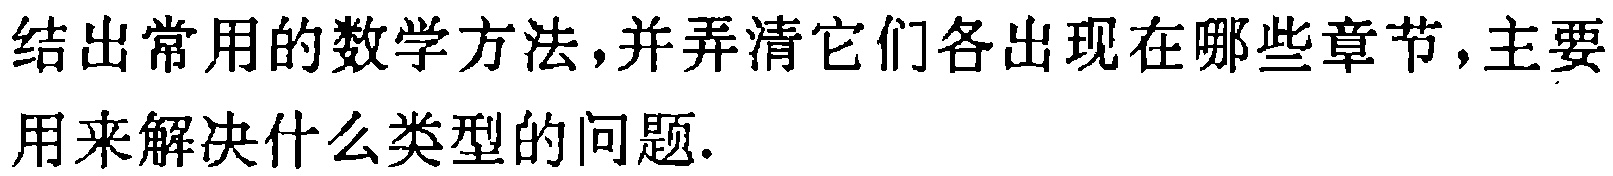
结出常用的数学方法,并弄清它们各出现在哪些章节,主要用来解决什么类型的问题.